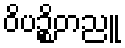
ဝိပဉ္စိတညူ